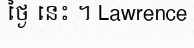
ថ្ងៃ នេះ ។ Lawrence